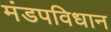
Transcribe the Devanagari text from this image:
मंडपविधान